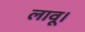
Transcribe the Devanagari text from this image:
लावू।